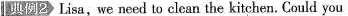
典例2 Lisa, we need to clean the kitchen. Could you